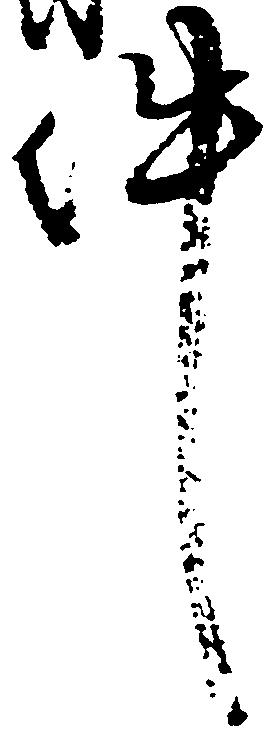
件